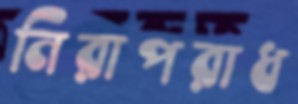
নিরাপরাধ